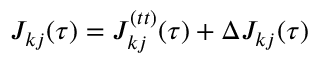
J _ { k j } ( \tau ) = J _ { k j } ^ { ( t t ) } ( \tau ) + \Delta J _ { k j } ( \tau )